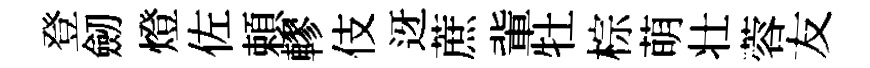
登劒燈佐頼轇伎迓蔗軰牡棕萌壮蓉友